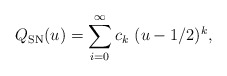
\begin{align*}Q_{\mathrm{SN}}(u)=\sum_{i=0}^{\infty}c_k\,\,(u-1/2)^{k},\end{align*}